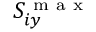
S _ { i y } ^ { \mathrm { ~ m ~ a ~ x ~ } }